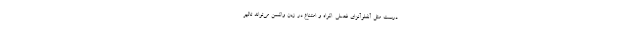
درست مثل آنفلوآنزای فصلی. اکراه و امتناع در زدن واکسن می‌تواند تاثیر